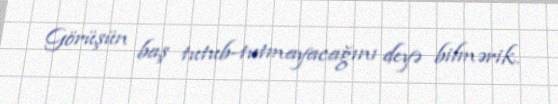
Görüşün baş tutub-tutmayacağını deyə bilmərik.